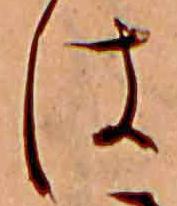
は